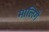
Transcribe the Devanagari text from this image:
मालिगै